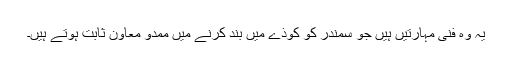
یہ وہ فنی مہارتیں ہیں جو سمندر کو کوذے میں بند کرنے میں ممدو معاون ثابت ہوتے ہیں۔